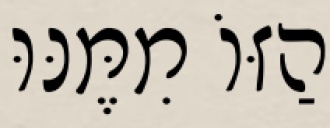
הַזּוֹ מִמֶּנּוּ